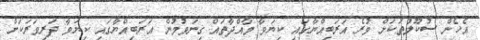
އެހެން ސުކޫލުތަކަށް ވުރެ އަރަބިއްޔާގައި ކިޔަވާ މާއްދާތައް ގިނަވުމުން އަރަބިއްޔާގައި ކިޔަވާ ދަރިވަރަކަށް